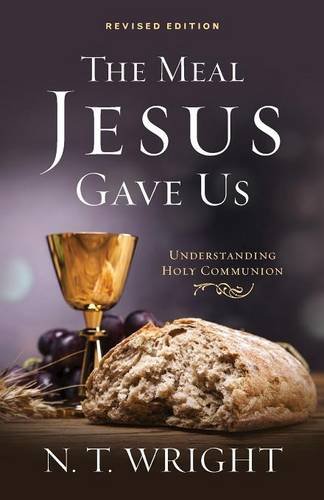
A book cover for The Meal Jesus Gave Us, Revised Edition; N. T. Wright; Christian Books & Bibles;